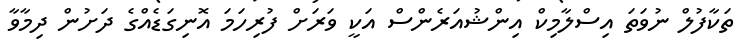
ތަކާފުލް ނުވަތަ އިސްލާމިކް އިންޝުއަރެންސް އަކީ ވަރަށް ފުރިހަމަ އޮނިގަޑެއްގެ ދަށުން ދިމާވާ